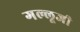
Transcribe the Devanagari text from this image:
गल्लूजी